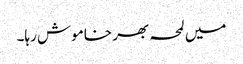
میں لمحہ بھر خاموش رہا۔